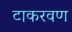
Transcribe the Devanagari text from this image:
टाकरवण